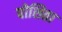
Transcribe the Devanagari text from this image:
पोशिता